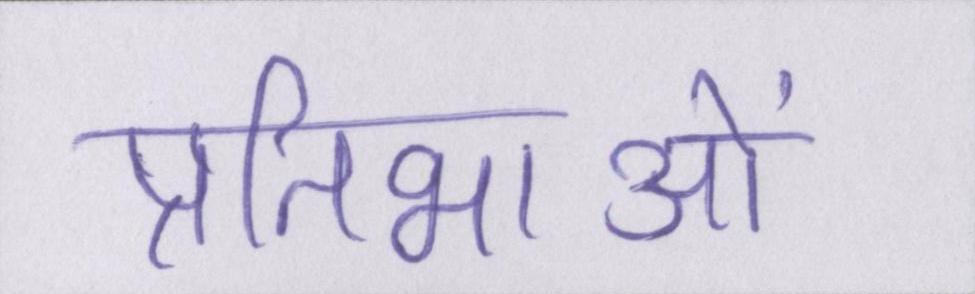
प्रतिभाओं